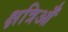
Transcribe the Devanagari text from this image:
क्षत्रिऑँ